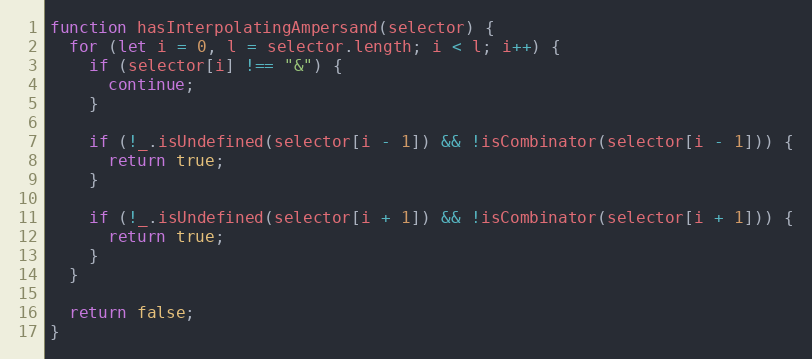
Language: JavaScript
function hasInterpolatingAmpersand(selector) {
  for (let i = 0, l = selector.length; i < l; i++) {
    if (selector[i] !== "&") {
      continue;
    }

    if (!_.isUndefined(selector[i - 1]) && !isCombinator(selector[i - 1])) {
      return true;
    }

    if (!_.isUndefined(selector[i + 1]) && !isCombinator(selector[i + 1])) {
      return true;
    }
  }

  return false;
}